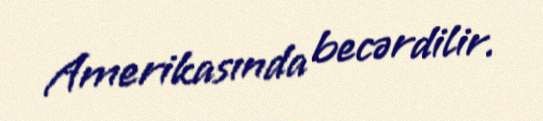
Amerikasında becərdilir.